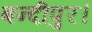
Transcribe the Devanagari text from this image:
बन्दीपुर।